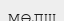
мөлш